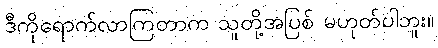
ဒီကိုရောက်လာကြတာက သူတို့အပြစ် မဟုတ်ပါဘူး။